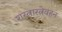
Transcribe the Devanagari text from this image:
शस्त्रास्त्रेवहन